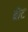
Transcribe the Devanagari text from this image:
ब्रौट